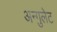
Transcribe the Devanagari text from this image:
अन्गुलेट